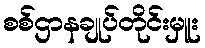
စစ်ဌာနချုပ်တိုင်းမှူး